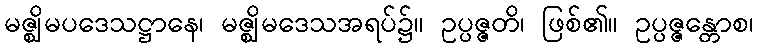
မဇ္ဈိမပဒေသဋ္ဌာနေ၊ မဇ္ဈိမဒေသအရပ်၌။ ဥပ္ပဇ္ဇတိ၊ ဖြစ်၏။ ဥပ္ပဇ္ဇန္တောစ၊